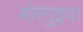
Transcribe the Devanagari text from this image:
बोरगुइवा